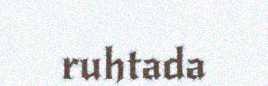
ruhtada